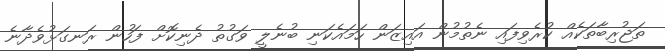
ތަޖުރިބާތަކެއް ކުރެވިފައި ނެތުމުން އައިޒަން ހަމައެކަނި ބުނެލީ ވަގުތު ދެނިކޮށް ފަހުން ރަނގަޅުވެދާނެ